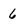
Character: 6